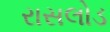
રાસલોડ